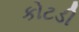
કોટડી